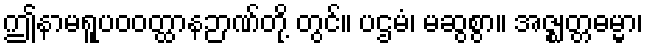
ဤနာမရူပဝဝတ္ထာနဉာဏ်တို့ တွင်။ ပဌမံ၊ မဆွစွာ။ အဇ္ဈတ္တဓမ္မာ၊